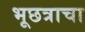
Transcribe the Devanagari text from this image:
भूछत्राचा